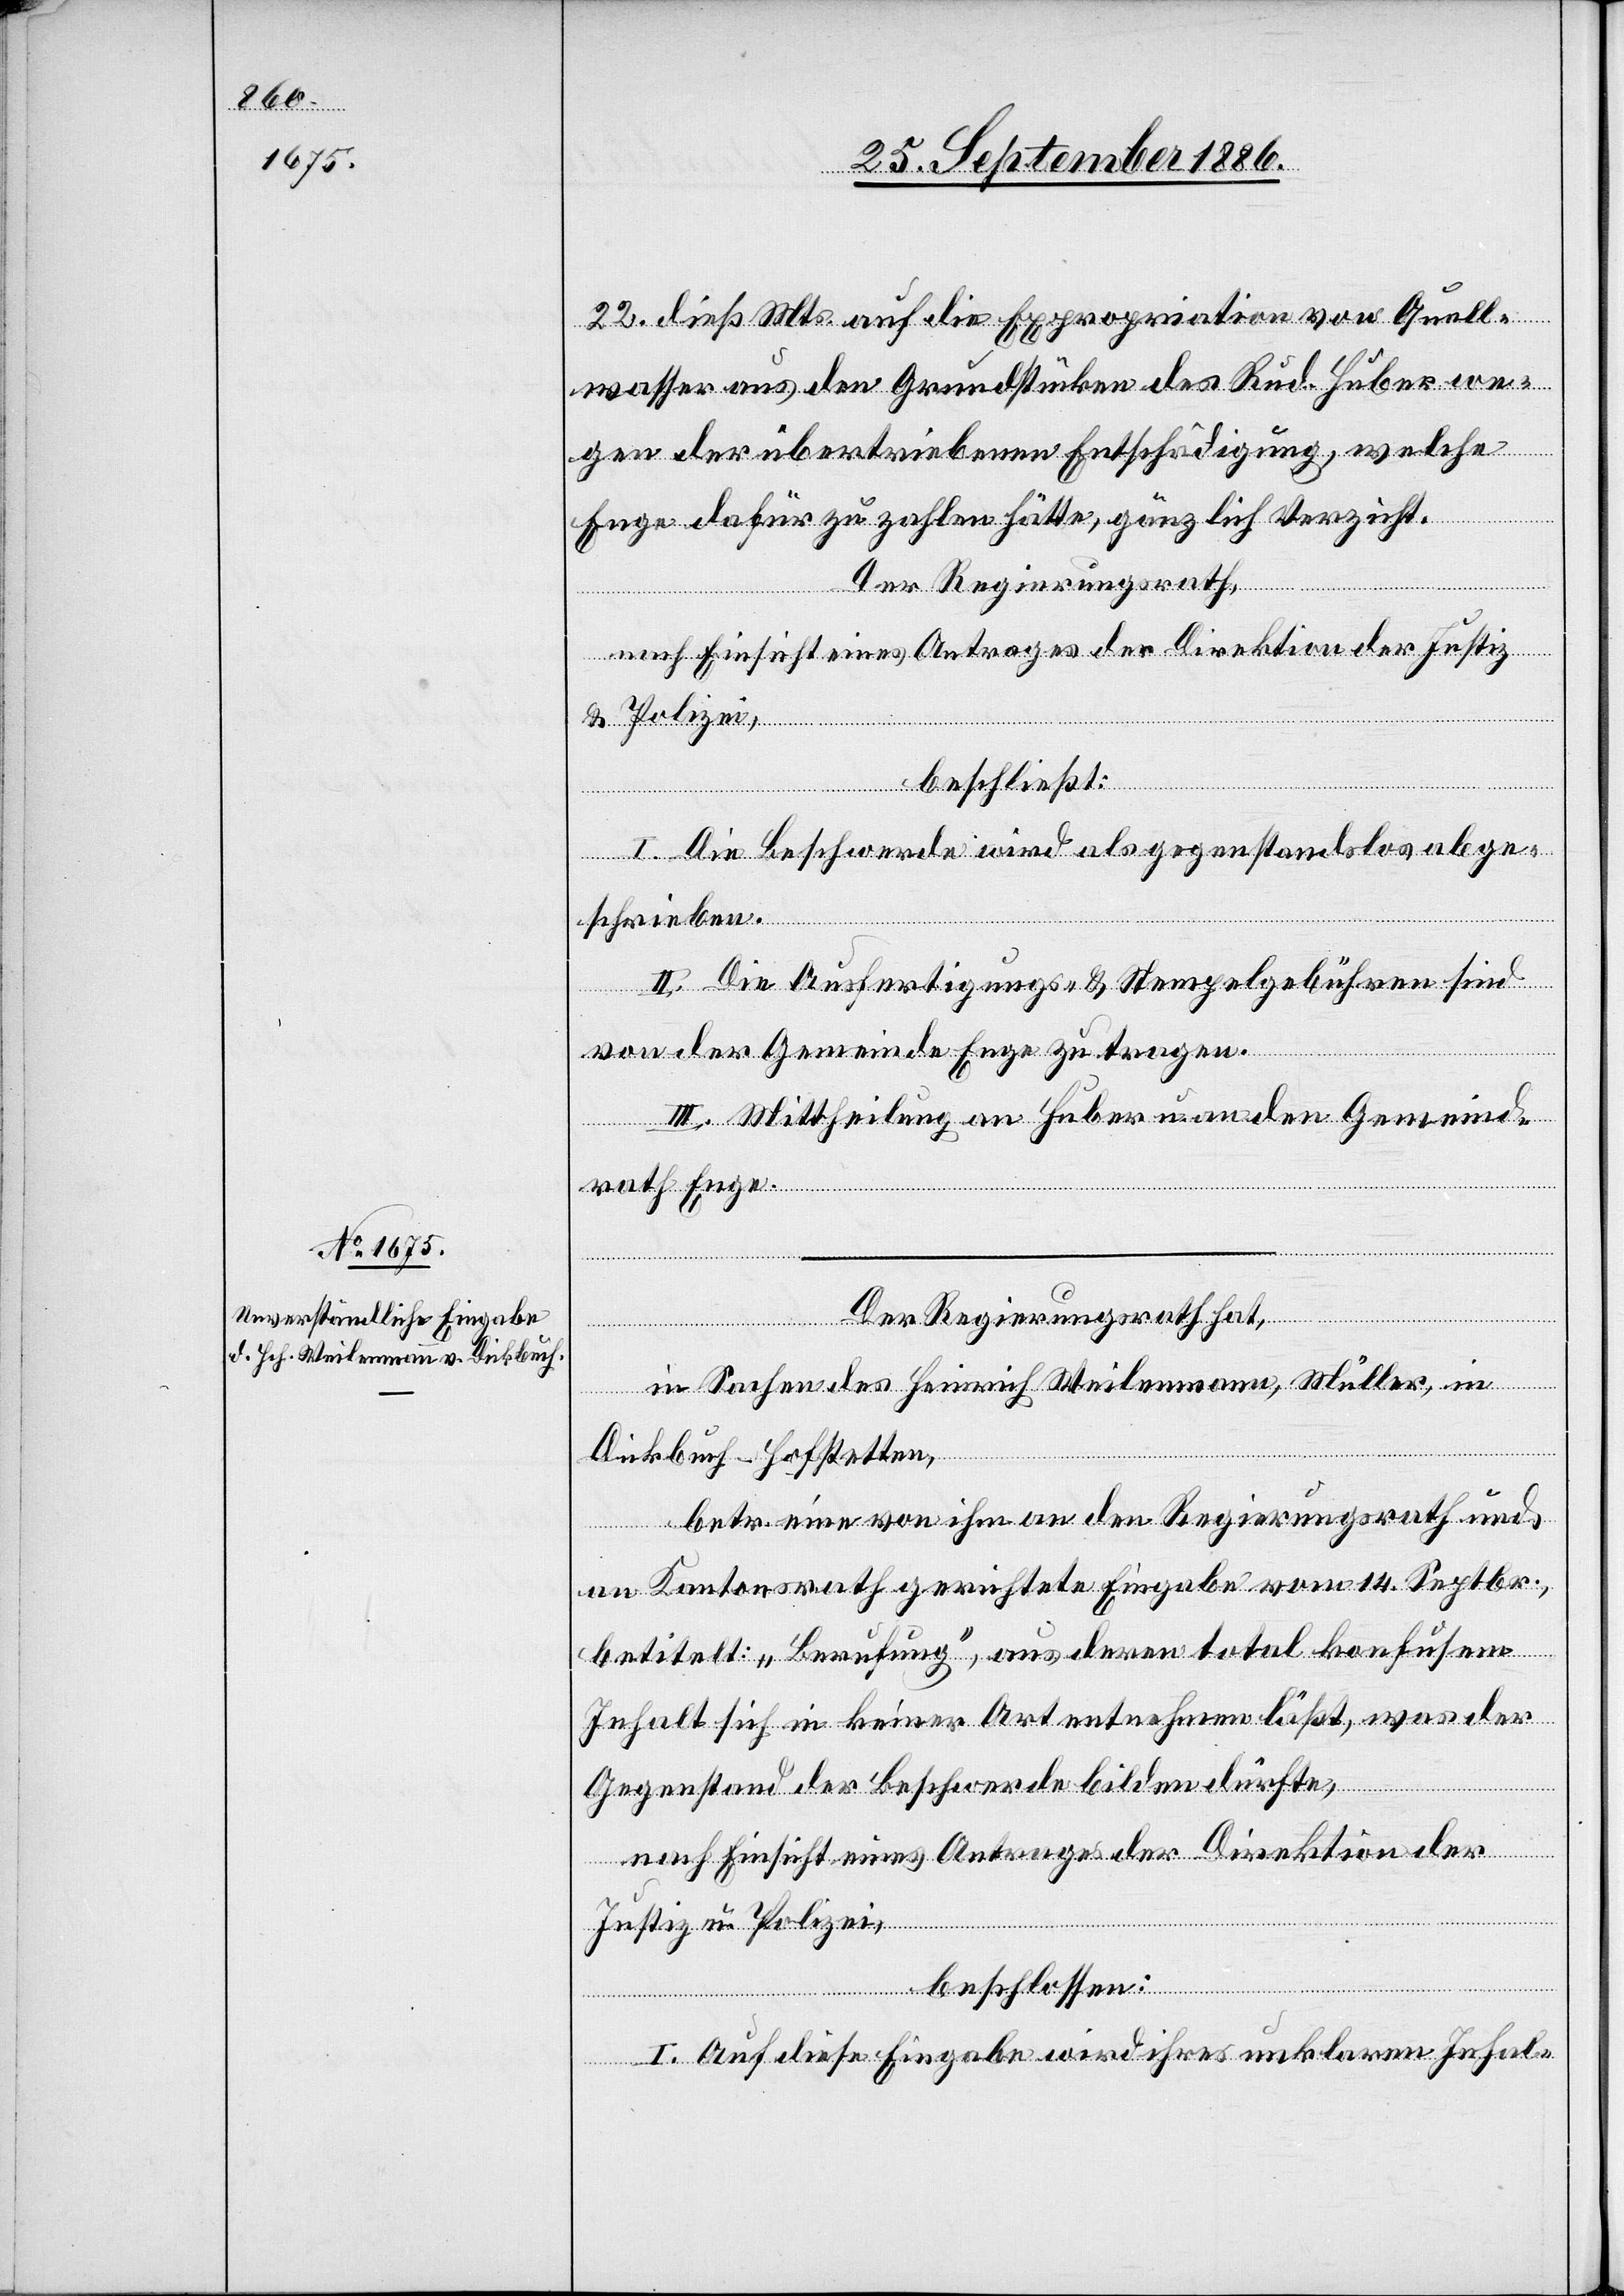
22. dieß Mts. auf die Expropriation von Quell¬
wasser aus den Grundstücken des Rud. Huber we¬
gen der übertriebenen Entschädigung, welche
Enge dafür zu zahlen hätte, gänzlich Verzicht.
Der Regierungsrath,
beschließt:
I. Die Beschwerde wird als gegenstandlslos abge¬
schrieben.
II. Die Ausfertigungs- & Stempelgebühren sind
von der Gemeinde zu tragen.
III. Mittheilung an Huber u. an den Gemeind¬
rath Enge.
Der Regierungsrath hat,
in Sachen des Heinrich Weilenmann, Müller, in
an
Dickbuch - Hofstetten,
betr. eine von ihm an den Regierungsrath und
en] Kantonsrath gerichtete Eingabe vom 14. Septbr.,
betitelt: „Berufung“, aus deren total konfusem
Inhalt sich in keiner Art entnehmen läßt, was der
[d¬
Gegenstand der Beschwerde bilden dürfte,
nach Einsicht eines Antrages der Direktion der
Justiz u. Polizei,
beschlossen:
I. Auf diese Eingabe wird ihres unklaren Inhal-